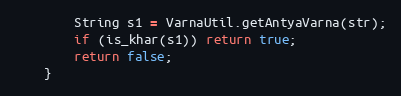
Language: Java
        String s1 = VarnaUtil.getAntyaVarna(str);
        if (is_khar(s1)) return true;
        return false;
    }